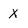
Character: x